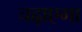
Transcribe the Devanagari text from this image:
चढ़ाएगा